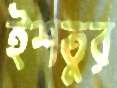
ইশতুর